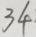
3 4